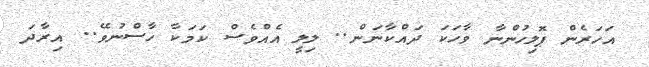
އަހަރެން ޕޮލިހުންނާ ވާހަކަ ދައްކާނަން.. ލިލީ އެއްވެސް ކަމަކާ ހާސްނުވޭ.. އިރާދަ